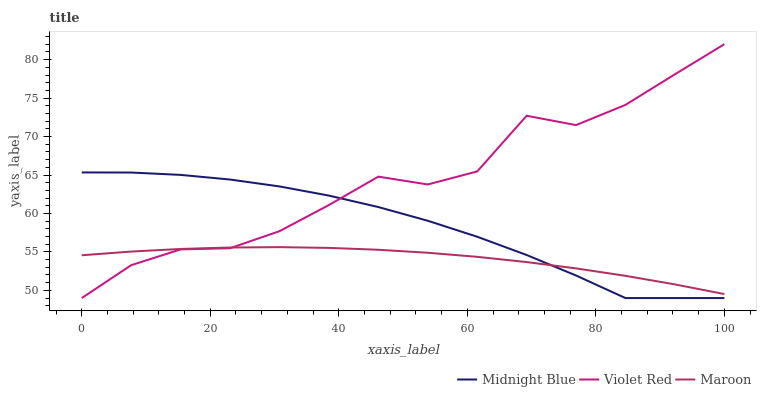
| xaxis_label | Midnight Blue | Violet Red | Maroon |
 | --- | --- | --- | --- |
 | 0 | 65.3 | 49 | 54.6 |
 | 7.69 | 65.3 | 53.3 | 55 |
 | 15.4 | 65 | 55.3 | 55.4 |
 | 23.1 | 64.4 | 55.5 | 55.6 |
 | 30.8 | 63.5 | 57.7 | 55.6 |
 | 38.5 | 62.3 | 61.1 | 55.5 |
 | 46.2 | 60.8 | 64.8 | 55.3 |
 | 53.8 | 59.1 | 63.8 | 54.9 |
 | 61.5 | 57 | 65.5 | 54.4 |
 | 69.2 | 54.6 | 72.7 | 53.7 |
 | 76.9 | 51.9 | 71.5 | 52.9 |
 | 84.6 | 49 | 74.1 | 51.9 |
 | 92.3 | 49 | 78.1 | 50.8 |
 | 100 | 49 | 82 | 49.5 |